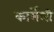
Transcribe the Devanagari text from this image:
कार्सेली